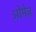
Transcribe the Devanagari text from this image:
ओमेज़